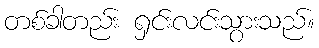
တစ်ခါတည်း ရှင်းလင်းသွားသည်။